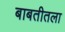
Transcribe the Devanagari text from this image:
बाबतीतला